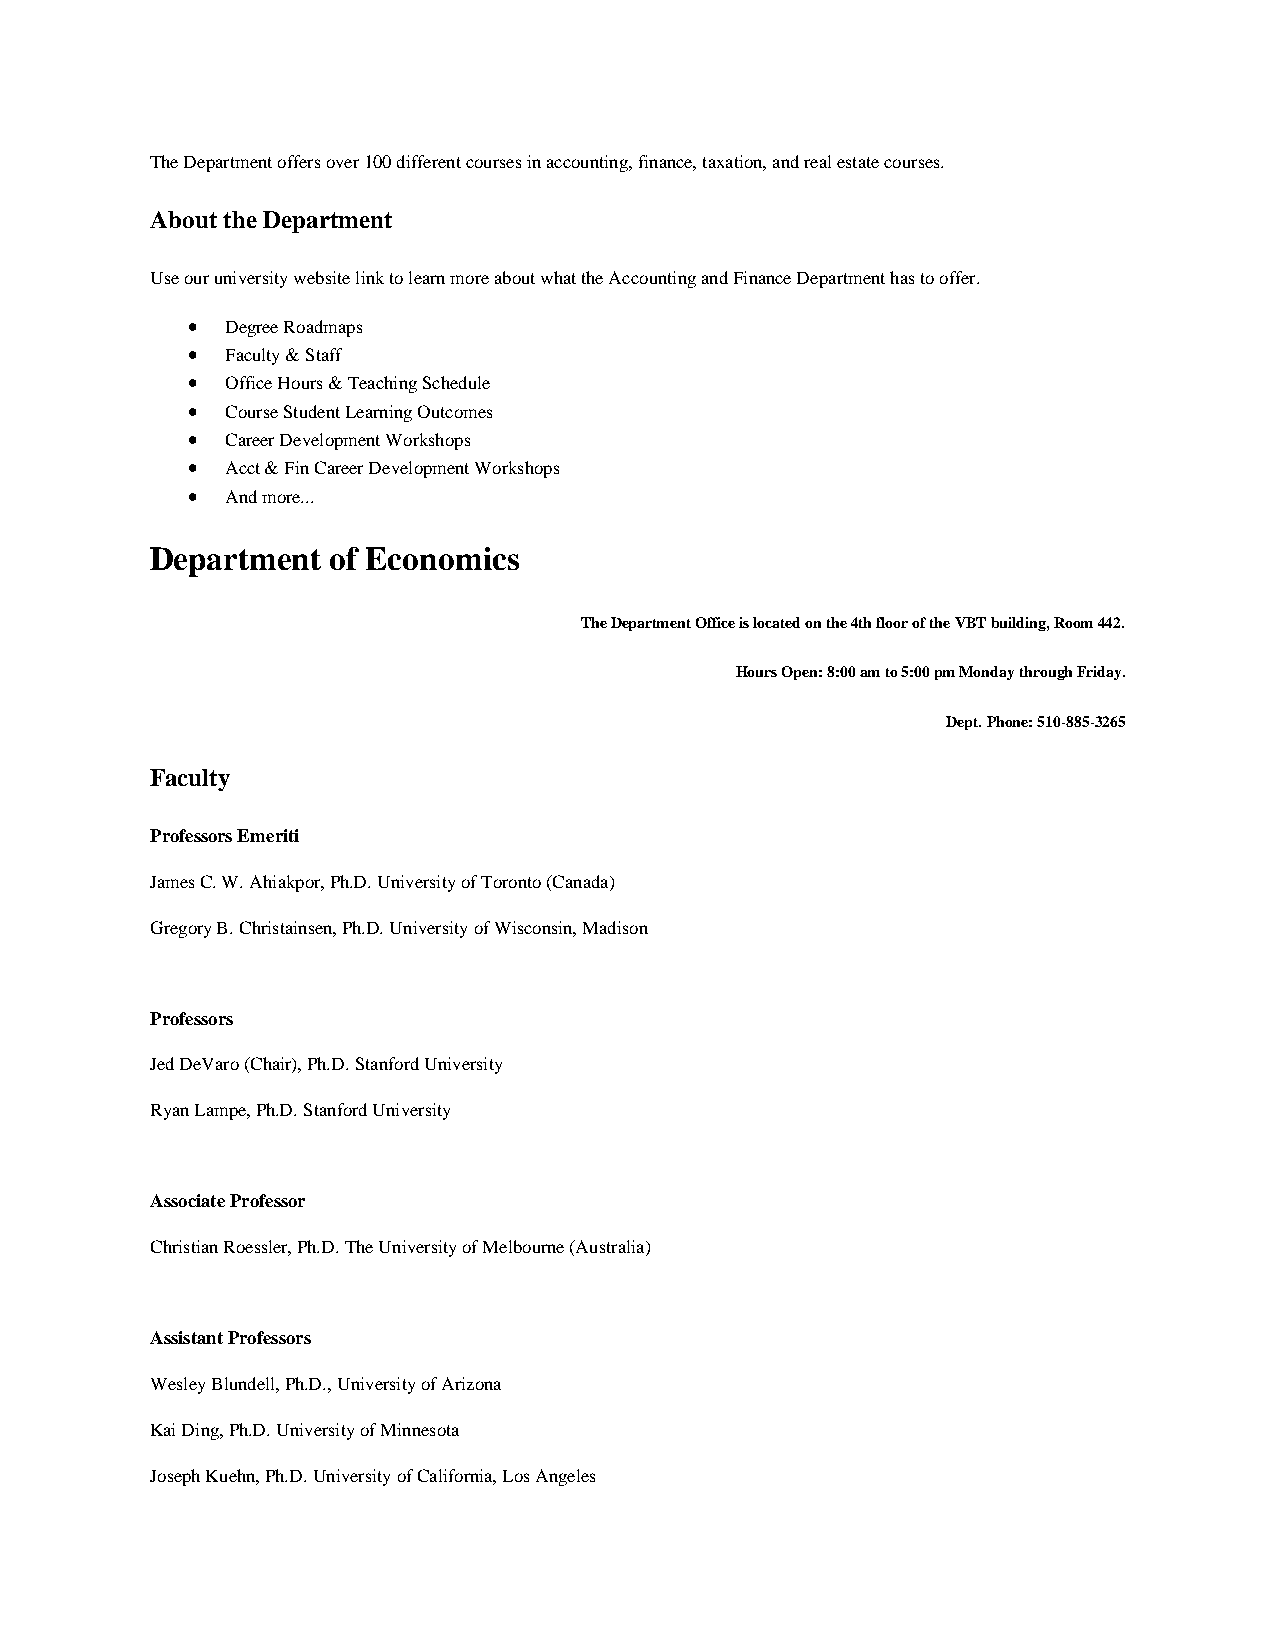
The Department offers over 100 different courses in accounting, finance, taxation, and real estate courses.
 About the Department
 Use our university website link to learn more about what the Accounting and Finance Department has to offer.
 •  Degree Roadmaps
 •  Faculty & Staff
 •  Office Hours & Teaching Schedule
 •  Course Student Learning Outcomes
 •  Career Development Workshops
 •  Acct & Fin Career Development Workshops
 •  And more...
 Department  of Economics
 The Department Office is located on the 4th floor of the VBT building, Room 442.
 Hours Open: 8:00 am to 5:00 pm Monday through Friday.
 Dept. Phone: 510-885-3265
 Faculty
 Professors Emeriti
 James C. W. Ahiakpor, Ph.D. University of Toronto (Canada)
 Gregory B. Christainsen, Ph.D. University of Wisconsin, Madison
 Professors
 Jed DeVaro (Chair), Ph.D. Stanford University
 Ryan Lampe, Ph.D. Stanford University
 Associate Professor
 Christian Roessler, Ph.D. The University of Melbourne (Australia)
 Assistant Professors
 Wesley Blundell, Ph.D., University of Arizona
 Kai Ding, Ph.D. University of Minnesota
 Joseph Kuehn, Ph.D. University of California, Los Angeles